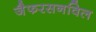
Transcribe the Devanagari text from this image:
जैफरसनविल